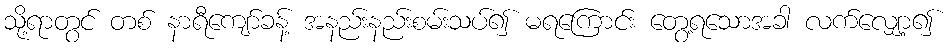
သို့ရာတွင် တစ် နာရီကျော်ခန့် အနည်းနည်းစမ်းသပ်၍ မရကြောင်း တွေ့ရသောအခါ လက်လျှော့၍